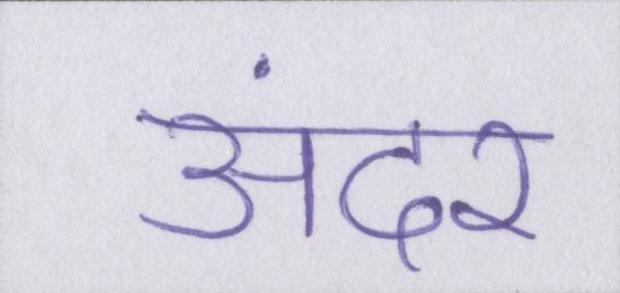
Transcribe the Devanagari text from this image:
अंदर